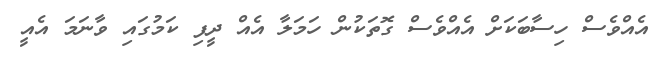
އެއްވެސް ހިސާބަކަށް އެއްވެސް ގޮތަކުން ހަމަލާ އެއް ދީފި ކަމުގައި ވާނަމަ އެއީ